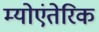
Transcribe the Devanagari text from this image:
म्योएंतेरिक